Development of the Leishman-Donovan parasite in Cimex rotundatus - Number 31
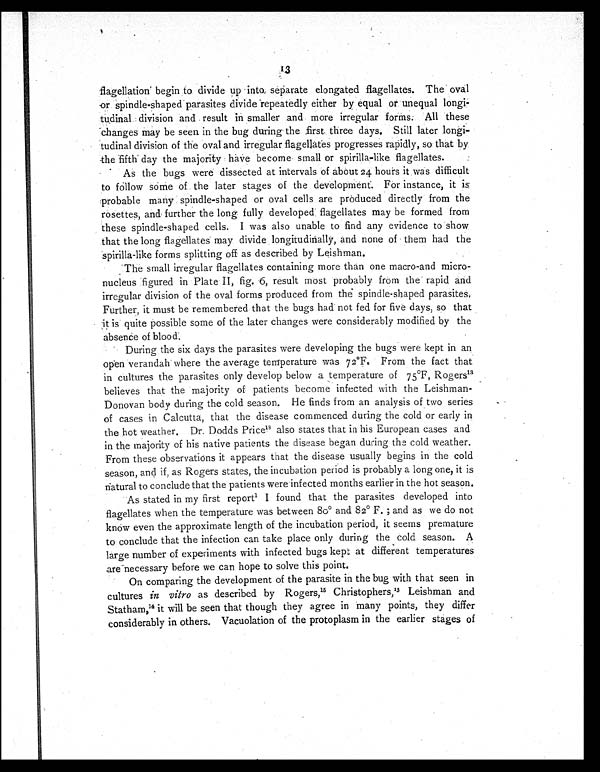
13
flagellation begin to divide up into separate elongated flagellates. The oval
or spindle-shaped parasites divide repeatedly either by equal or unequal longi-
tudinal division and result in smaller and more irregular forms. All these
changes may be seen in the bug during the first three days. Still later longi-
tudinal division of the oval and irregular flagellates progresses rapidly, so that by
the fifth day the majority have become small or spirilla-like flagellates.
As the bugs were dissected at intervals of about 24 hours it was difficult
to follow some of the later stages of the development. For instance, it is
:probable many spindle-shaped or oval cells are produced directly from the
rosettes, and further the long fully developed flagellates may be formed from
these spindle-shaped cells. I was also unable to find any evidence to show
that the long flagellates may divide longitudinally, and none of them had the
Spirilla-like forms splitting off as described by Leishman.
The small irregular flagellates containing more than one macro-and micro-
nucleus figured in Plate II, fig. 6, result most probably from the rapid and
irregular division of the oval forms produced from the spindle-shaped parasites
Further, it must be remembered that the bugs had not fed for five days, so that
it is quite possible some of the later changes were considerably modified by the
absence of blood.
During the six days the parasites were developing the bugs were kept in an
open verandah where the average temperature was 72°F. From the fact that
in cultures the parasites only develop below a temperature of 75°F, Rogers13
believes that the majority of patients become infected with the Leishman-
Donovan body during the cold season. He finds from an analysis of two series
of cases in Calcutta, that the disease commenced during the cold or early in
the hot weather. Dr. Dodds Price18 also states that in his European cases and
in the majority of his native patients the disease began during the cold weather.
From these observations it appears that the disease usually begins in the cold
season, and if, as Rogers states, the incubation period is probably a long one, it is
natural to conclude that the patients were infected months earlier in the hot season.
As stated in my first report2 I found that the parasites developed into
flagellates when the temperature was between 8o° and 82° F. ; and as we do not
know even the approximate length of the incubation period, it seems premature
to conclude that the infection can take place only during the cold season. A
large number of experiments with infected bugs kept at different temperatures
are necessary before we can hope to solve this point.
On comparing the development of the parasite in the bug with that seen in
cultures in vitro as described by Rogers,15 Christophers,13 Leishman and
Statham, 14 it will be seen that though they agree in many points, they differ
considerably in others. Vacuolation of the protoplasm in the earlier stages of